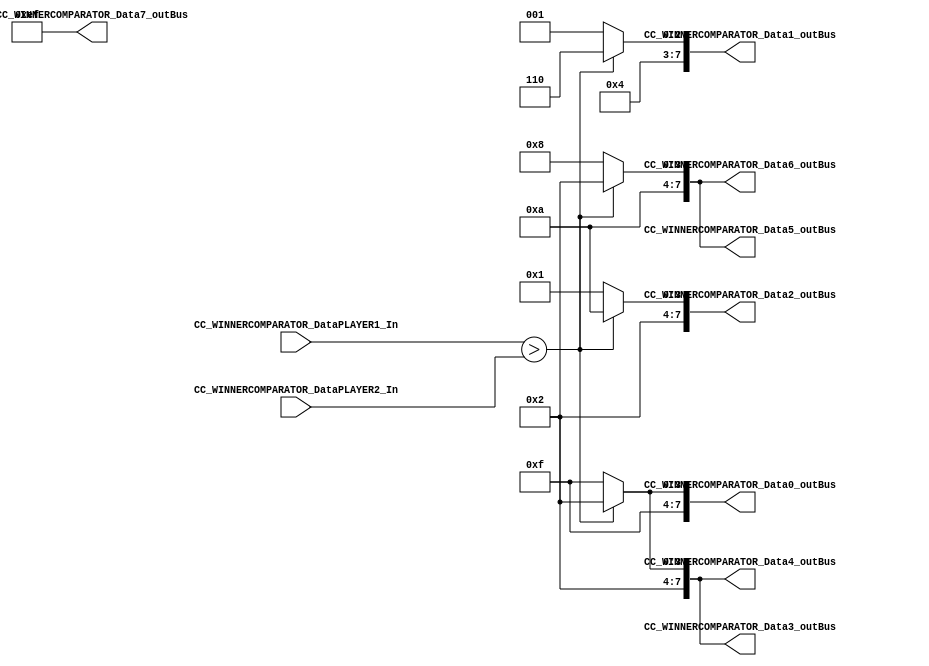
/*######################################################################
//#	G0B1T: HDL EXAMPLES. 2018.
//######################################################################
//# Copyright (C) 2018. F.E.Segura-Quijano (FES) fsegura@uniandes.edu.co
//# 
//# This program is free software: you can redistribute it and/or modify
//# it under the terms of the GNU General Public License as published by
//# the Free Software Foundation, version 3 of the License.
//#
//# This program is distributed in the hope that it will be useful,
//# but WITHOUT ANY WARRANTY; without even the implied warranty of
//# MERCHANTABILITY or FITNESS FOR A PARTICULAR PURPOSE.  See the
//# GNU General Public License for more details.
//#
//# You should have received a copy of the GNU General Public License
//# along with this program.  If not, see <http://www.gnu.org/licenses/>
//####################################################################*/
//=======================================================
//  MODULE Definition
//=======================================================
module CC_WINNERCOMPARATOR(
//////////// OUTPUTS //////////
	CC_WINNERCOMPARATOR_Data0_outBus,
	CC_WINNERCOMPARATOR_Data1_outBus,
	CC_WINNERCOMPARATOR_Data2_outBus,
	CC_WINNERCOMPARATOR_Data3_outBus,
	CC_WINNERCOMPARATOR_Data4_outBus,
	CC_WINNERCOMPARATOR_Data5_outBus,
	CC_WINNERCOMPARATOR_Data6_outBus,
	CC_WINNERCOMPARATOR_Data7_outBus,
//////////// INPUTS //////////
	CC_WINNERCOMPARATOR_DataPLAYER1_In,
	CC_WINNERCOMPARATOR_DataPLAYER2_In
	
);


//=======================================================
//  PARAMETER declarations
//=======================================================
//Ganador 1
parameter WINNER_PLAYER_1_DATA0   = 8'b11110010;
parameter WINNER_PLAYER_1_DATA1   = 8'b00100110;
parameter WINNER_PLAYER_1_DATA2 	 = 8'b00101010;
parameter WINNER_PLAYER_1_DATA3   = 8'b00100010;
parameter WINNER_PLAYER_1_DATA4   = 8'b00100010;
parameter WINNER_PLAYER_1_DATA5   = 8'b10100010;
parameter WINNER_PLAYER_1_DATA6   = 8'b10100010;
parameter WINNER_PLAYER_1_DATA7   = 8'b11101111;

//Ganador 2
parameter WINNER_PLAYER_2_DATA0   = 8'b11111111;
parameter WINNER_PLAYER_2_DATA1   = 8'b00100001;
parameter WINNER_PLAYER_2_DATA2   = 8'b00100001;
parameter WINNER_PLAYER_2_DATA3   = 8'b00101111;
parameter WINNER_PLAYER_2_DATA4   = 8'b00101111;
parameter WINNER_PLAYER_2_DATA5   = 8'b10101000;
parameter WINNER_PLAYER_2_DATA6   = 8'b10101000;
parameter WINNER_PLAYER_2_DATA7   = 8'b11101111;



//=======================================================
//  PORT declarations
//=======================================================

output reg 	[7:0]	CC_WINNERCOMPARATOR_Data0_outBus;
output reg 	[7:0]	CC_WINNERCOMPARATOR_Data1_outBus;
output reg 	[7:0]	CC_WINNERCOMPARATOR_Data2_outBus;
output reg 	[7:0]	CC_WINNERCOMPARATOR_Data3_outBus;
output reg 	[7:0]	CC_WINNERCOMPARATOR_Data4_outBus;
output reg 	[7:0]	CC_WINNERCOMPARATOR_Data5_outBus;
output reg	[7:0]	CC_WINNERCOMPARATOR_Data6_outBus;
output reg 	[7:0]	CC_WINNERCOMPARATOR_Data7_outBus;

input 	[5:0]CC_WINNERCOMPARATOR_DataPLAYER1_In;
input		[5:0]CC_WINNERCOMPARATOR_DataPLAYER2_In;

//=======================================================
//  REG/WIRE declarations
//=======================================================


//=======================================================
//  Structural coding
//=======================================================

always @(*)
begin
	if(CC_WINNERCOMPARATOR_DataPLAYER1_In > CC_WINNERCOMPARATOR_DataPLAYER2_In)begin
		CC_WINNERCOMPARATOR_Data0_outBus = WINNER_PLAYER_1_DATA0;
		CC_WINNERCOMPARATOR_Data1_outBus = WINNER_PLAYER_1_DATA1;
		CC_WINNERCOMPARATOR_Data2_outBus = WINNER_PLAYER_1_DATA2;
		CC_WINNERCOMPARATOR_Data3_outBus = WINNER_PLAYER_1_DATA3;
		CC_WINNERCOMPARATOR_Data4_outBus = WINNER_PLAYER_1_DATA4;
		CC_WINNERCOMPARATOR_Data5_outBus = WINNER_PLAYER_1_DATA5;
		CC_WINNERCOMPARATOR_Data6_outBus = WINNER_PLAYER_1_DATA6;
		CC_WINNERCOMPARATOR_Data7_outBus = WINNER_PLAYER_1_DATA7;
	
	end
	else begin
	
		CC_WINNERCOMPARATOR_Data0_outBus = WINNER_PLAYER_2_DATA0;
		CC_WINNERCOMPARATOR_Data1_outBus = WINNER_PLAYER_2_DATA1;
		CC_WINNERCOMPARATOR_Data2_outBus = WINNER_PLAYER_2_DATA2;
		CC_WINNERCOMPARATOR_Data3_outBus = WINNER_PLAYER_2_DATA3;
		CC_WINNERCOMPARATOR_Data4_outBus = WINNER_PLAYER_2_DATA4;
		CC_WINNERCOMPARATOR_Data5_outBus = WINNER_PLAYER_2_DATA5;
		CC_WINNERCOMPARATOR_Data6_outBus = WINNER_PLAYER_2_DATA6;
		CC_WINNERCOMPARATOR_Data7_outBus = WINNER_PLAYER_2_DATA7;
	
	
	end


end


endmodule